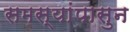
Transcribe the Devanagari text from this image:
समस्यांपासुन